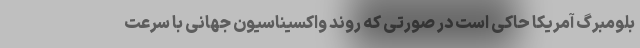
بلومبرگ آمریکا حاکی است در صورتی که روند واکسیناسیون جهانی با سرعت